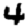
Digit: 4